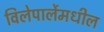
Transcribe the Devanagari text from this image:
विलेपार्लेमधील